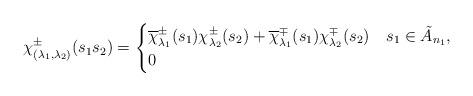
LaTeX: \begin{align*}\chi_{(\lambda_1,\lambda_2)}^\pm(s_1s_2)=\begin{cases}\overline{\chi}^\pm_{\lambda_1}(s_1)\chi^\pm_{\lambda_2}(s_2)+\overline{\chi}^\mp_{\lambda_1}(s_1)\chi^\mp_{\lambda_2}(s_2)&s_1\in\tilde{A}_{n_1},\\0&\end{cases}\end{align*}